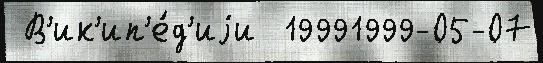
 В'ик'ип'е́д'иjи  19991999-05-07